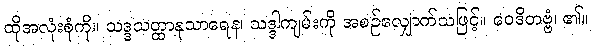
ထိုအလုံးစုံကို။ သဒ္ဒသတ္ထာနုသာရေန၊ သဒ္ဒါကျမ်းကို အစဉ်လျှောက်သဖြင့်။ ဝေဒိတဗ္ဗံ၊ ၏။